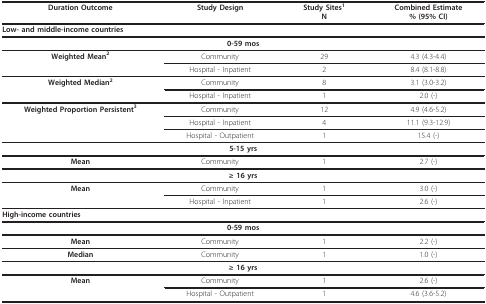
| Duration Outcome | Study Design | Study Sites1N | Combined Estimate% (95% CI) |
 | --- | --- | --- | --- |
 | <COLSPAN=4> Low- and middle-income countries |
 | <COLSPAN=4> 0-59 mos |
 | Weighted Mean2 | Community | 29 | 4.3 (4.3-4.4) |
 |  | Hospital - Inpatient | 2 | 8.4 (8.1-8.8) |
 | Weighted Median2 | Community | 8 | 3.1 (3.0-3.2) |
 |  | Hospital - Inpatient | 1 | 2.0 (-) |
 | Weighted Proportion Persistent3 | Community | 12 | 4.9 (4.6-5.2) |
 |  | Hospital - Inpatient | 4 | 11.1 (9.3-12.9) |
 |  | Hospital - Outpatient | 1 | 15.4 (-) |
 | <COLSPAN=4> 5-15 yrs |
 | Mean | Community | 1 | 2.7 (-) |
 | <COLSPAN=4> ≥ 16 yrs |
 | Mean | Community | 1 | 3.0 (-) |
 |  | Hospital - Inpatient | 1 | 2.6 (-) |
 | <COLSPAN=4> High-income countries |
 | <COLSPAN=4> 0-59 mos |
 | Mean | Community | 1 | 2.2 (-) |
 | Median | Community | 1 | 1.0 (-) |
 | <COLSPAN=4> ≥ 16 yrs |
 | Mean | Community | 1 | 2.6 (-) |
 |  | Hospital - Outpatient | 1 | 4.6 (3.6-5.2) |